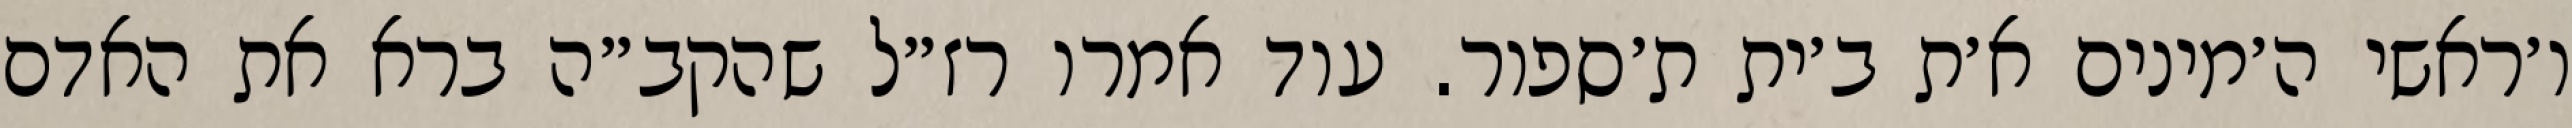
ו׳ראשי ה׳מינים א׳ת ב׳ית ת׳ספור. עוד אמרו רז״ל שהקב״ה ברא את האדם